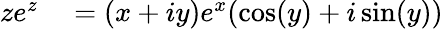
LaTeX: \begin{array}{rl}{ze^{z}}&{{}=(x+iy)e^{x}(\cos(y)+i\sin(y))}\end{array}